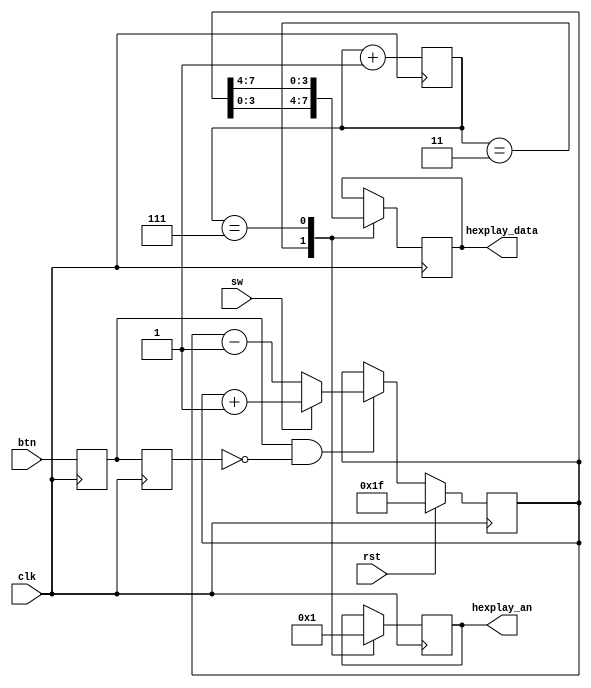
`timescale 1ns / 1ps
//////////////////////////////////////////////////////////////////////////////////
// Company: 
// Engineer: 
// 
// Design Name: 
// Module Name: lab8_3
// Project Name: 
// Target Devices: 
// Tool Versions: 
// Description: 
// 
// Dependencies: 
// 
// Revision:
// Revision 0.01 - File Created
// Additional Comments:
// 
//////////////////////////////////////////////////////////////////////////////////


module lab8_3(
    input clk, rst, sw, btn,
    output reg [2:0] hexplay_an,
    output reg [3:0] hexplay_data);
    // 
    reg temp1, temp2;
    wire btn_pulse;
    always @(posedge clk) temp1 <= btn;
    always @(posedge clk) temp2 <= temp1;
    assign btn_pulse = temp1 & (~temp2);
    // 
    reg [7:0] count;
    always @(posedge clk) begin
        if (rst)
            count <= 8'h1f;
        else if (btn_pulse) begin
            if (sw)
                count <= count + 1;
            else
                count <= count - 1;
        end
    end
    // 
    reg [2:0] cnt;
    always @(posedge clk) begin
        cnt <= cnt + 1;
        case (cnt)
            3'b011: begin
                hexplay_an <= 3'b000;
                hexplay_data <= count[3:0];
            end
            3'b111: begin
                hexplay_an <= 3'b001;
                hexplay_data <= count[7:4];
            end
        endcase
    end
endmodule